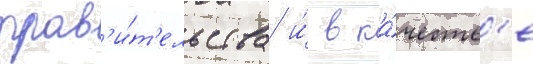
прав'и́т'ельства и́ в ка́честв'е